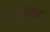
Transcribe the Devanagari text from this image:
मोरगड